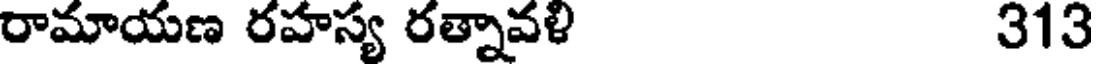
రామాయణ రహస్య రత్నావళి 313